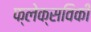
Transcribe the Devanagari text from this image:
फ्लेक्सविकी